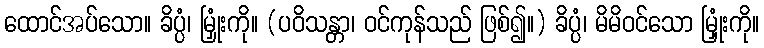
ထောင်အပ်သော။ ခိပ္ပံ၊ မြှုံးကို။ (ပဝိသန္တာ၊ ဝင်ကုန်သည် ဖြစ်၍။) ခိပ္ပံ၊ မိမိဝင်သော မြှုံးကို။